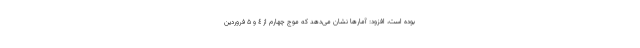
بوده است، افزود: آمارها نشان می‌دهد که موج چهارم از ٤ و ۵ فروردین